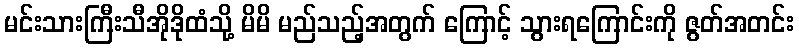
မင်းသားကြီးသီအိုဒိုထံသို့ မိမိ မည်သည့်အတွက် ကြောင့် သွားရကြောင်းကို ဇွတ်အတင်း